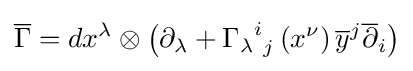
{\overline {\Gamma }}=dx^{\lambda }\otimes \left(\partial _{\lambda }+{{\Gamma _{\lambda }}^{i}}_{j}\left(x^{\nu }\right){\overline {y}}^{j}{\overline {\partial }}_{i}\right)